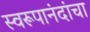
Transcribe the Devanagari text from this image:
स्वरूपानंदांचा